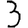
Digit: 3